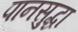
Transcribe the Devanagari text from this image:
पानसुद्धा